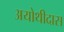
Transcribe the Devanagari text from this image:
अयोथीदास